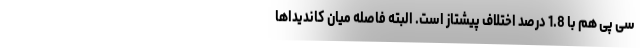
سی پی هم با 1.8 درصد اختلاف پیشتاز است. البته فاصله میان کاندیداها